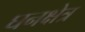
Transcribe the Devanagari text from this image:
घनक्षेत्र